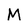
Character: M